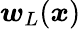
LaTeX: \boldsymbol{w}_{L}(\boldsymbol{\mathit{x}})